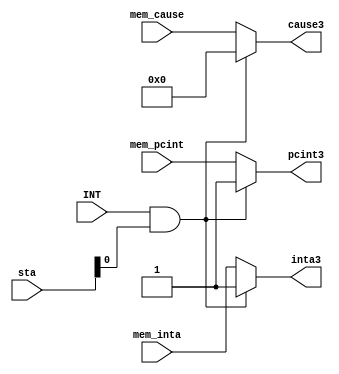
module INT_detect(cause3,inta3,pcint3,mem_cause,mem_inta,mem_pcint,INT,sta);
  output reg[3:0]cause3;
  output reg inta3;  //?INT?syscall????????
  output reg pcint3; //?????????
  input [3:0]mem_cause;
  input mem_inta;
  input mem_pcint;  
  input INT;
  input [31:0]sta;
  
  always@(*)
  begin
    cause3=mem_cause;
    inta3=mem_inta;
    pcint3=mem_pcint;
    if(INT &&sta[0])
    begin
      cause3=4'b0;
      inta3=1;
      pcint3=1;
    end
  end
endmodule